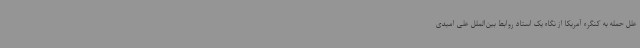
علل حمله به کنگره آمریکا از نگاه یک استاد روابط بین‌الملل علی امیدی